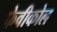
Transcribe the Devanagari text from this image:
फेवीकोल